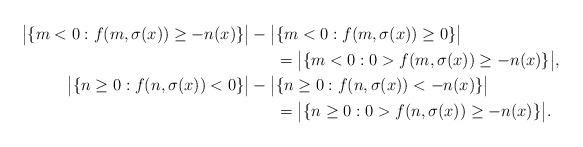
LaTeX: \begin{align*}\big|\{m<0:f(m,\sigma(x))\ge -n(x)\}\big| - \big|&\{m<0 : f(m,\sigma(x))\ge 0\}\big|\\ &= \big|\{m<0:0>f(m,\sigma(x))\ge -n(x)\}\big|,\\\big|\{n\ge 0:f(n,\sigma(x))< 0\}\big| - \big|&\{n\ge 0: f(n,\sigma(x))< -n(x)\}\big| \\ &= \big|\{n\ge 0:0>f(n,\sigma(x))\ge -n(x)\}\big|.\end{align*}